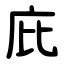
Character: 庇